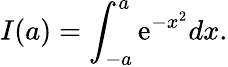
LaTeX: I(a)=\int_{-a}^{a}\mathrm{e}^{-x^{2}}dx.